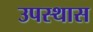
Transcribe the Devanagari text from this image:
उपस्थास